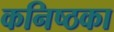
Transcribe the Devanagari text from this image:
कनिष्ठका